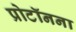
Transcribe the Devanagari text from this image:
प्रोटॉनना